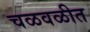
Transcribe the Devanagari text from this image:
चळवळीत